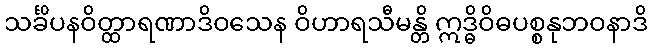
သင်္ခိပနဝိတ္ထာရဏာဒိဝသေန ဝိဟာရသီမန္တိ ဣဒ္ဓိဝိဓပစ္စနုဘဝနာဒိ